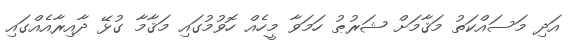
އަދި މަސައްކަތު މަޤާމަށް ޝަރުޠު ހަމަވާ މީހެއް ހޮވުމުގައި މަޤާމާ ގުޅޭ ދާއިރާއެއްގައި